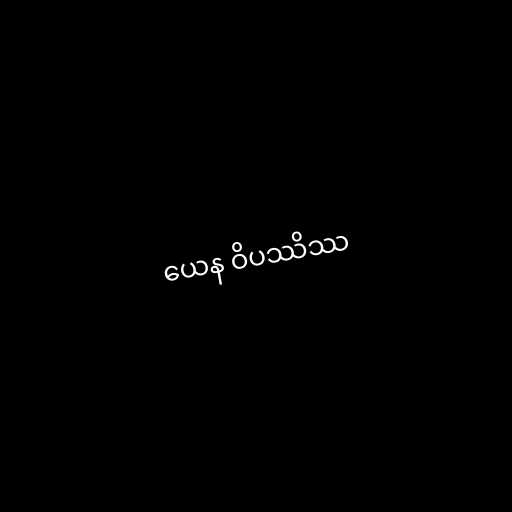
ယေန ဝိပဿိဿ